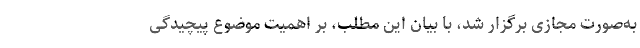
به‌صورت مجازی برگزار شد، با بیان این مطلب، بر اهمیت موضوع پیچیدگی